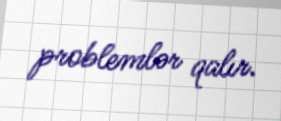
problemlər qalır.